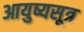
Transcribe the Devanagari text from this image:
आयुष्यसूत्र